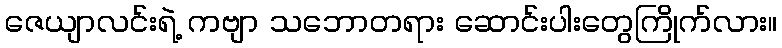
ဇေယျာလင်းရဲ့ ကဗျာ သဘောတရား ဆောင်းပါးတွေကြိုက်လား။